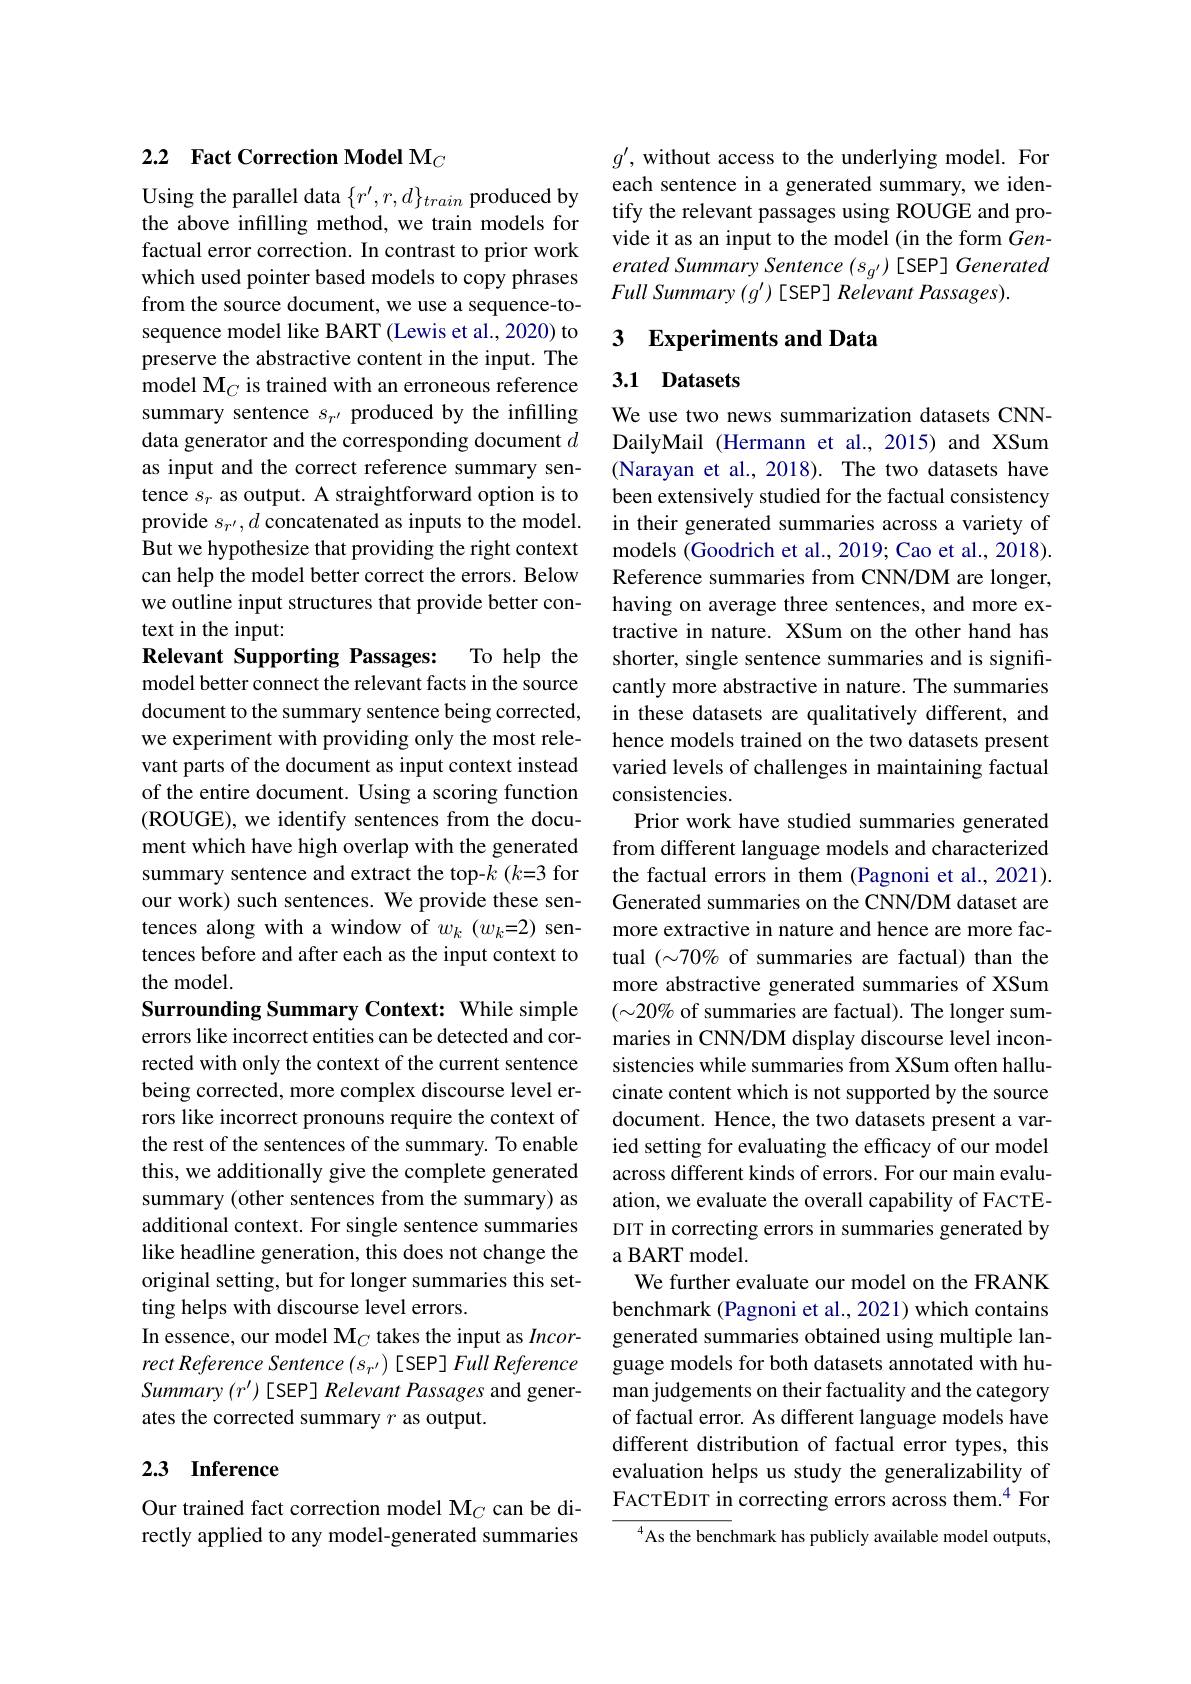
# 2.2 Fact Correction Model M$_C$

Using the parallel data $\{r^\prime,r,d\}_{train}$ produced by the above infilling method, we train models for factual error correction. In contrast to prior work which used pointer based models to copy phrases from the source document, we use a sequence-tosequence model like BART (Lewis et al., 2020) to preserve the abstractive content in the input. The model $\mathbf{M}_C$ is trained with an erroneous reference summary sentence $s_{r^{\prime}}$ produced by the infilling data generator and the corresponding document $d$ as input and the correct reference summary sentence $s_r$ as output. A straightforward option is to provide $s_{r^{\prime}},d$ concatenated as inputs to the model. But we hypothesize that providing the right context can help the model better correct the errors. Below we outline input structures that provide better context in the input:

Relevant Supporting Passages: To help the model better connect the relevant facts in the source document to the summary sentence being corrected, we experiment with providing only the most relevant parts of the document as input context instead of the entire document. Using a scoring function (ROUGE), we identify sentences from the document which have high overlap with the generated summary sentence and extract the top-k (k=3 for our work) such sentences. We provide these sentences along with a window of $w_k(w_k{=}2)$ sentences before and after each as the input context to the model.
Surrounding Summary Context: While simple errors like incorrect entities can be detected and corrected with only the context of the current sentence being corrected, more complex discourse level errors like incorrect pronouns require the context of the rest of the sentences of the summary. To enable this, we additionally give the complete generated summary (other sentences from the summary) as additional context. For single sentence summaries like headline generation, this does not change the original setting, but for longer summaries this setting helps with discourse level errors.
In essence, our model $\mathcal{M}_C$ takes the input as Incorrect Reference Sentence (s r') [SEP] Full Reference Summary $(r^{\prime})$ [SEP] Relevant Passages and generates the corrected summary $r$ as output.

## 2.3 Inference

Our trained fact correction model M$_C$ can be directly applied to any model-generated summaries

$g^{\prime}$, without access to the underlying model. For each sentence in a generated summary, we identify the relevant passages using ROUGE and provide it as an input to the model (in the form Generated Summary Sentence $(s_{g^{\prime}})$ [SEP] Generated $Full\textit{ Summary }( g^{\prime }) [$SEP] Relevant Passages).

## 3 Experiments and Data

## 3.1 Datasets

We use two news summarization datasets CNNDailyMail (Hermann et al.,2015) and XSum (Narayan et al.,2018). The two datasets have been extensively studied for the factual consistency in their generated summaries across a variety of models (Goodrich et al., 2019; Cao et al., 2018). Reference summaries from CNN/DM are longer, having on average three sentences, and more extractive in nature. XSum on the other hand has shorter, single sentence summaries and is significantly more abstractive in nature. The summaries in these datasets are qualitatively different, and hence models trained on the two datasets present varied levels of challenges in maintaining factual consistencies.
Prior work have studied summaries generated from different language models and characterized the factual errors in them (Pagnoni et al., 2021). Generated summaries on the CNN/DM dataset are more extractive in nature and hence are more factual $(\sim70\%$ of summaries are factual) than the more abstractive generated summaries of XSum $(\sim20\%$ of summaries are factual). The longer summaries in CNN/DM display discourse level inconsistencies while summaries from XSum often hallucinate content which is not supported by the source document. Hence, the two datasets present a varied setting for evaluating the efficacy of our model across different kinds of errors. For our main evaluation, we evaluate the overall capability of FACTEDIT in correcting errors in summaries generated by a BART model.
We further evaluate our model on the FRANK benchmark (Pagnoni et al., 2021) which contains generated summaries obtained using multiple language models for both datasets annotated with human judgements on their factuality and the category of factual error. As different language models have different distribution of factual error types, this evaluation helps us study the generalizability of FACTEDIT in correcting errors across them.$^{4}$ For
As the benchmark has publicly available model outputs,